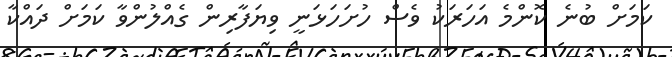
ކަމަށް ބުނެ ކޮންމެ އަހަރަކު ވެސް ހުށަހަޅަނީ ވިޔަފާރިން ގެއްލުންވާ ކަމަށް ދައްކާ